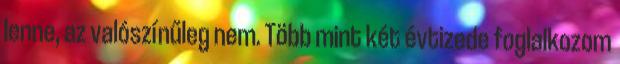
lenne, az valószínűleg nem. Több mint két évtizede foglalkozom